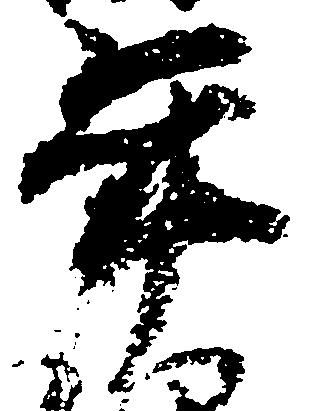
年